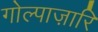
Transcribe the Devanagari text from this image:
गोल्पाज़ारि